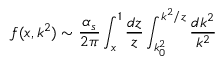
f ( x , k ^ { 2 } ) \sim \frac { \alpha _ { s } } { 2 \pi } \int _ { x } ^ { 1 } \frac { d z } { z } \int _ { k _ { 0 } ^ { 2 } } ^ { k ^ { 2 } / z } \frac { d k ^ { 2 } } { k ^ { 2 } }